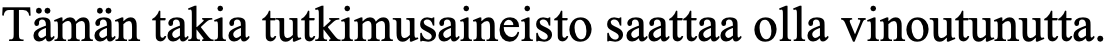
Tämän takia tutkimusaineisto saattaa olla vinoutunutta.